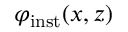
\varphi _ { \mathrm { i n s t } } ( x , z )